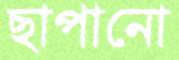
ছাপানো